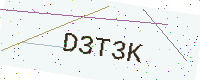
Text: D3T3K